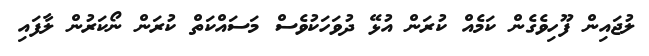
ލުޖައިން ފޫހިވެގެން ކަމެއް ކުރަން އުޅޭ ދުވަހަކުވެސް މަސައްކަތް ކުރަން ނޯކަރުން ލާފައި